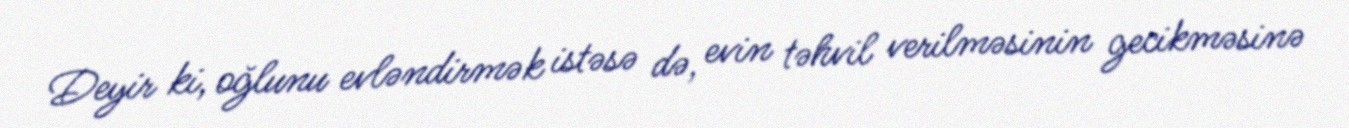
Deyir ki, oğlunu evləndirmək istəsə də, evin təhvil verilməsinin gecikməsinə